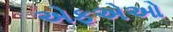
એફએઓ